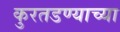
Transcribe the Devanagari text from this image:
कुरतडण्याच्या